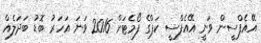
އޭއެފްސީން ވަނީ އޭއެފްސީ ކަޕްގެ ފޯމެޓަށް 2016 ވަނަ އަހަރު ބޮޑު ބަދަލެއް